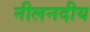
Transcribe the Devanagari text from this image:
नीलनदीय